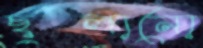
ছুলানো